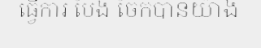
ធ្វើការ បែង ចែកបានយ៉ាង